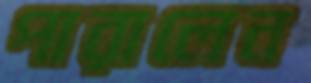
পারালেন